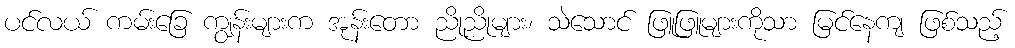
ပင်လယ် ကမ်းခြေ ကျွန်းများက အုန်းတော ညိုညိုများ၊ သဲသောင် ဖြူဖြူများကိုသာ မြင်နေကျ ဖြစ်သည့်